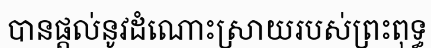
បានផ្តល់នូវដំណោះស្រាយរបស់ព្រះពុទ្ធ